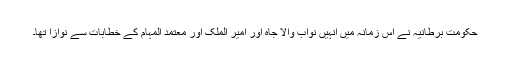
حکومت برطانیہ نے اس زمانہ میں انہیں نواب والا جاہ اور امیر الملک اور معتمد المہام کے خطابات سے نوازا تھا۔